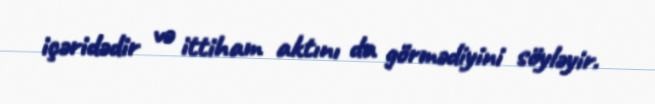
içəridədir və ittiham aktını da görmədiyini söyləyir.